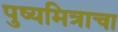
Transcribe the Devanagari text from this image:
पुष्यमित्राचा